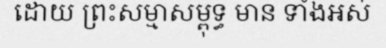
ដោយ ព្រះសម្មាសម្ពុទ្ធ មាន ទាំងអស់